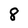
Character: 8